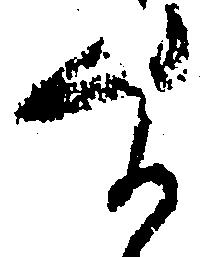
す